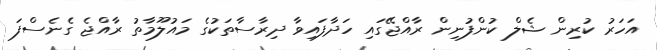
އަހަރު ކުރިން ޝެލް ކުންފުނިން ރާއްޖޭގައި ހަދާފައިވާ ދިރާސާތަކުގެ މައުލޫމާތު ރާއްޖެ ގެނެސްފަ